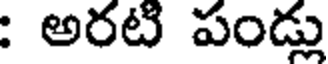
: అరటి పండ్లు